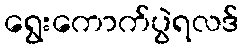
ရွေးကောက်ပွဲရလဒ်